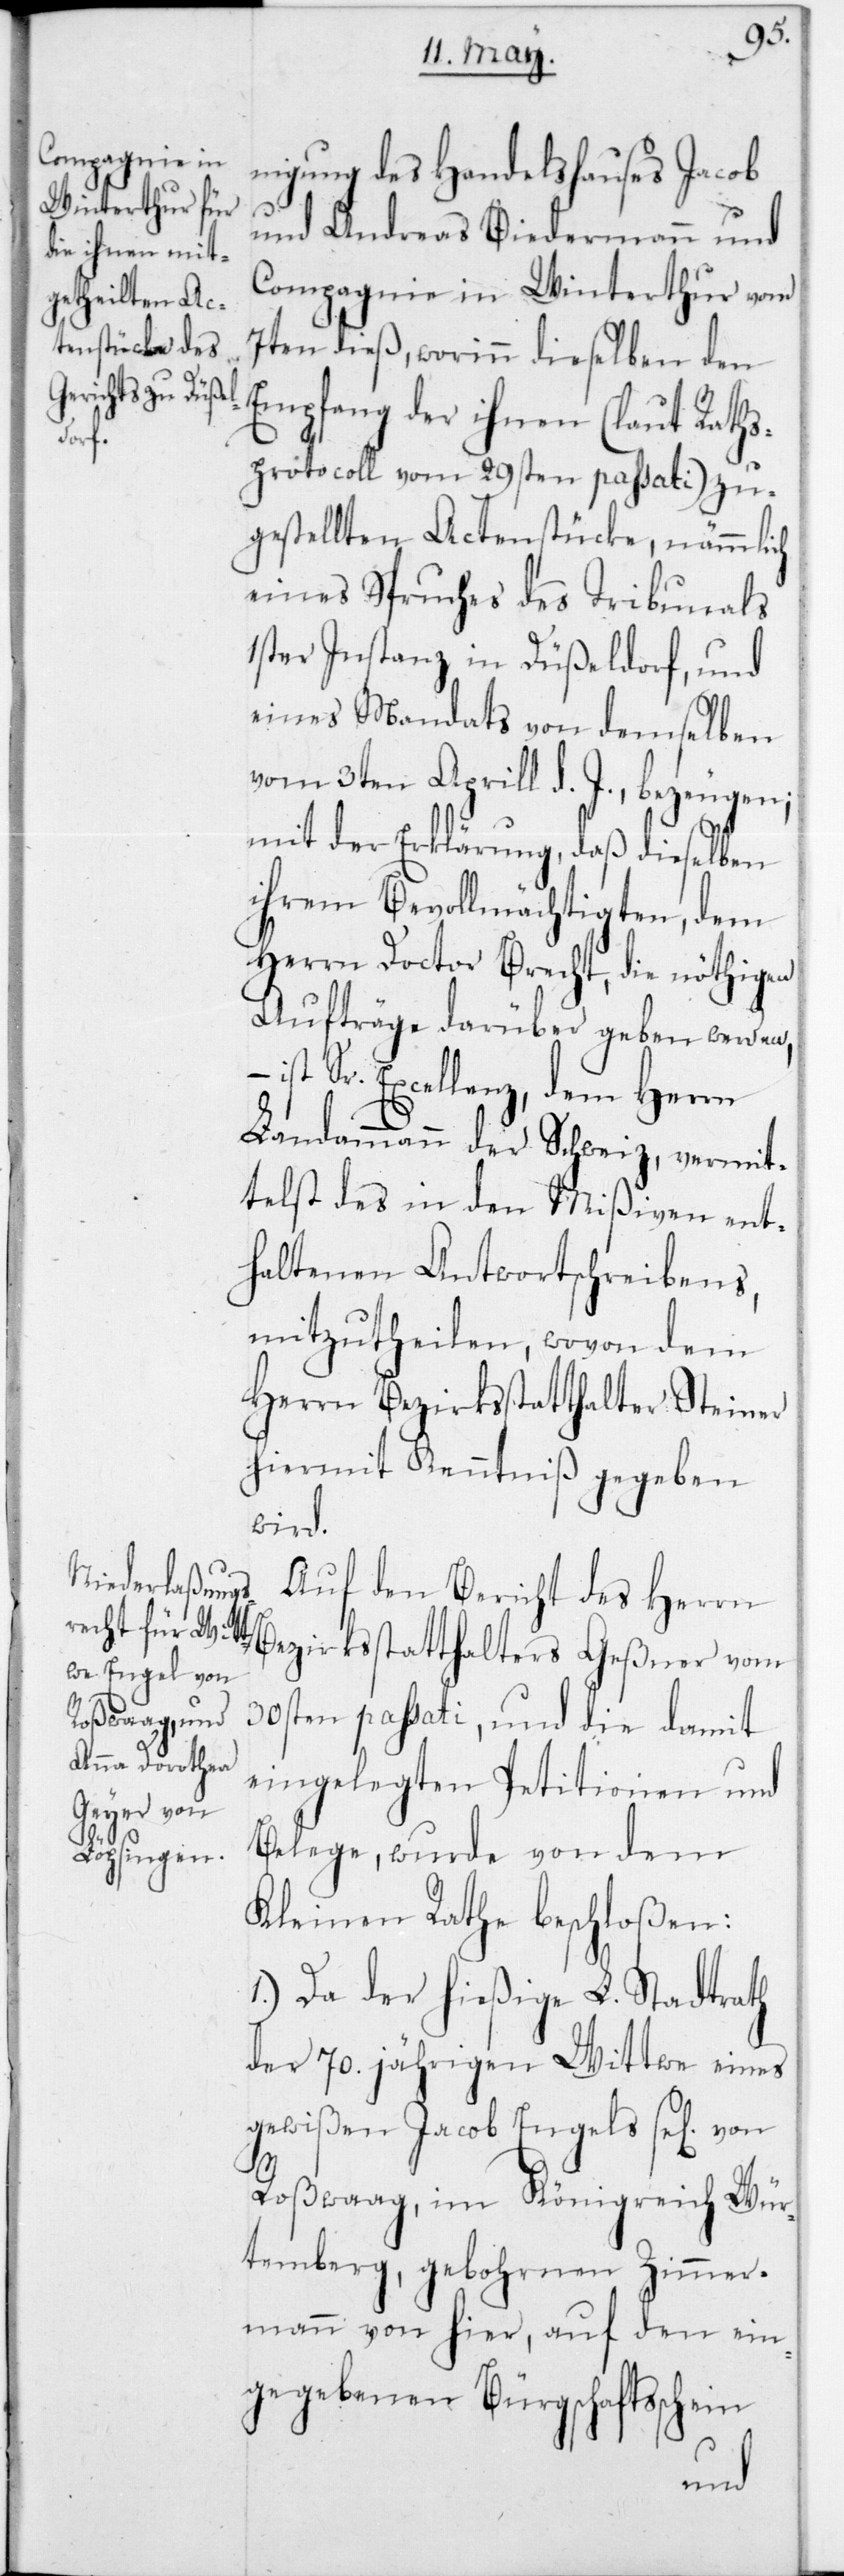
nigung des Handelshauses Jacob
und Andreas Biedermann und
Compagnie in Winterthur vom
7ten dieß, worinn dieselben den
Empfang der ihnen (laut Raths¬
protocoll vom 29sten passati) zu¬
gestellten Actenstücke, nämmlich
eines Spruches des Tribunals
1ster Instanz in Düßeldorf, und
eines Mandats von demselben
vom 3ten Aprill d. J., bezeugen;
mit der Erklärung, daß dieselben
ihrem Bevollmächtigten, dem
Herrn Doctor Brecht, die nöthigen
Aufträge darüber geben werden,
– ist Sr. Excellenz, dem Herrn
Landammann der Schweiz, vermit¬
telst des in den Mißiven ent¬
haltenen Antwortschreibens,
mitzutheilen, wovon dem
Herrn Bezirksstatthalter Steiner
hiermit Kenntniß gegeben
wird.
Auf den Bericht des Herrn
Bezirksstatthalters Geßner vom
30sten passati, und die damit
eingelegten Petitionen und
Belege, wurde von dem
Kleinen Rathe beschloßen:
1.) Da der hießige L. Stadtrath
der 70 jährigen Wittwe eines
gewißen Jacob Engel sel. von
Roßwaag, im Königreich Wür¬
temberg, gebohrnen Zimmer¬
mann von hier, auf den ein¬
gegebenen Bürgschaftsschein